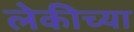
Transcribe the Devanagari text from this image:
लेकीच्या